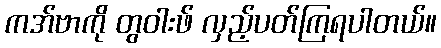
ကအ်ဗာကို တွဝါးဖ် လှည့်ပတ်ကြရပါတယ်။